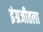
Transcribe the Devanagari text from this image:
इंग्रजीतला